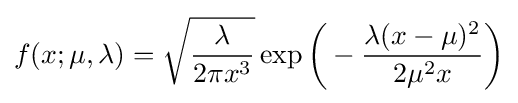
f(x;\mu ,\lambda )={\sqrt {\frac {\lambda }{2\pi x^{3}}}}\exp {\biggl (}-{\frac {\lambda (x-\mu )^{2}}{2\mu ^{2}x}}{\biggr )}